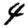
Digit: 4